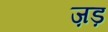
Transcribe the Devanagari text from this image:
ज़ड़